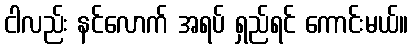
ငါလည်း နင်လောက် အရပ် ရှည်ရင် ကောင်းမယ်။